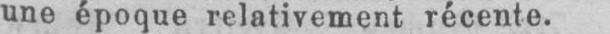
une époque relativement récente.